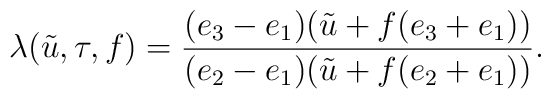
\lambda(\tilde{u},\tau,f)=\frac {(e_{3}-e_{1})(\tilde{u}+ f(e_{3}+e_{1}))}         {(e_{2}-e_{1})(\tilde{u}+ f(e_{2}+e_{1}))}.